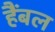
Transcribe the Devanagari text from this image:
हैंबल